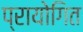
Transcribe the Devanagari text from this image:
प्रायोगित